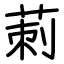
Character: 莿